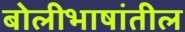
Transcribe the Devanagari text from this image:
बोलीभाषांतील